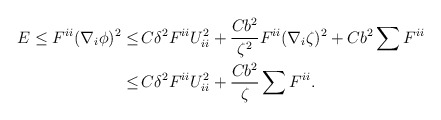
\begin{align*}\begin{aligned}E \leq F^{ii} (\nabla_i \phi)^2 \leq \,& C \delta^2 F^{ii} U_{ii}^2 + \frac{C b^2}{\zeta^2} F^{ii} (\nabla_i \zeta)^2 + C b^2 \sum F^{ii} \\ \leq \,& C \delta^2 F^{ii} U_{ii}^2 + \frac{C b^2}{\zeta} \sum F^{ii}.\end{aligned}\end{align*}